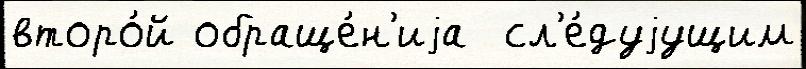
второ́й обраще́н'иjа  сл'е́дуjущим